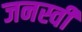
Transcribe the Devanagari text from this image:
जनस्वी